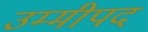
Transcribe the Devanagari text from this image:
उम्मीपद